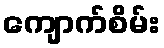
ကျောက်စိမ်း